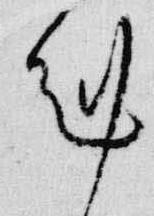
剋